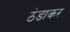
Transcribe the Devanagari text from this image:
ठंडाकर